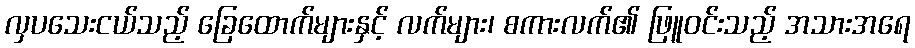
လှပသေးငယ်သည့် ခြေထောက်များနှင့် လက်များ၊ စကားလက်၏ ဖြူဝင်းသည့် အသားအရေ